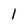
Character: 1